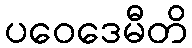
ပဝေဒေမီတိ